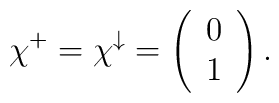
\chi^{+} = \chi^{\downarrow}= \left(\begin{array}{cc}0 \\1\end{array}\right).